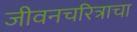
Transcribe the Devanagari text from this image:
जीवनचरित्राचा